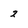
Character: 2